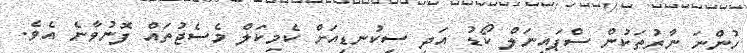
ހުންނަ ނާރުތަކުން ސްޕައިނަލް ކޯޑު އަދި ސިކުނޑިއަށް ކެމިކަލް މެސެޖުތައް ފޮނުވާނެ އެވެ.